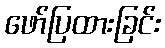
ဖော်ပြထားခြင်း